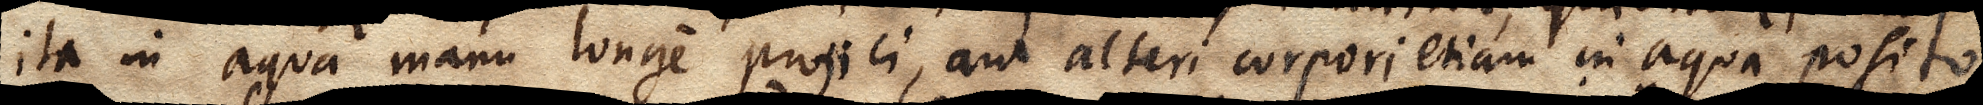
ita in aqua manu longe projici, aut alteri corpori etiam in aqua posito,